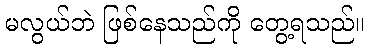
မလွယ်ဘဲ ဖြစ်နေသည်ကို တွေ့ရသည်။